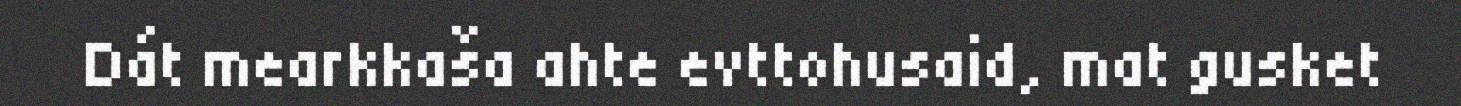
Dát mearkkaša ahte evttohusaid, mat gusket